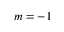
m = - 1